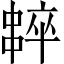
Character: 𠁸